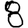
Digit: 8